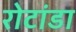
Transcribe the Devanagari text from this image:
रोटांडा